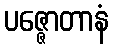
ပဇ္ဇောတာနံ